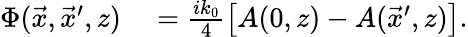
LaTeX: \begin{array}{rl}{\Phi(\vec{x},\vec{x}^{\prime},z)}&{{}=\frac{ik_{0}}{4}\left[A(0,z)-A(\vec{x}^{\prime},z)\right].}\end{array}